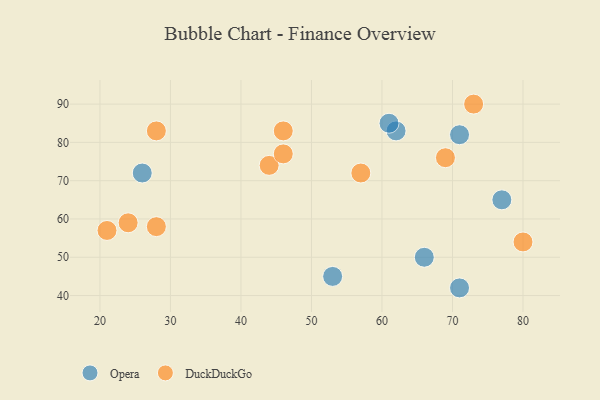
{"axis": {"x": "GDP", "y": "Life Expectancy"}, "legend": ["DuckDuckGo", "Opera"], "data": [{"x": "62", "y": 83, "type": "Opera"}, {"x": "53", "y": 45, "type": "Opera"}, {"x": "61", "y": 85, "type": "Opera"}, {"x": "26", "y": 72, "type": "Opera"}, {"x": "71", "y": 82, "type": "Opera"}, {"x": "71", "y": 42, "type": "Opera"}, {"x": "77", "y": 65, "type": "Opera"}, {"x": "66", "y": 50, "type": "Opera"}, {"x": "73", "y": 90, "type": "DuckDuckGo"}, {"x": "28", "y": 58, "type": "DuckDuckGo"}, {"x": "46", "y": 83, "type": "DuckDuckGo"}, {"x": "44", "y": 74, "type": "DuckDuckGo"}, {"x": "80", "y": 54, "type": "DuckDuckGo"}, {"x": "24", "y": 59, "type": "DuckDuckGo"}, {"x": "28", "y": 83, "type": "DuckDuckGo"}, {"x": "57", "y": 72, "type": "DuckDuckGo"}, {"x": "46", "y": 77, "type": "DuckDuckGo"}, {"x": "21", "y": 57, "type": "DuckDuckGo"}, {"x": "69", "y": 76, "type": "DuckDuckGo"}]}